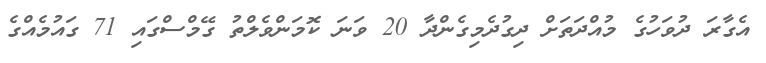
އެގާރަ ދުވަހުގެ މުއްދަތަށް ދިގުދެމިގެންދާ 20 ވަނަ ކޮމަންވެލްތު ގޭމްސްގައި 71 ގައުމެއްގެ